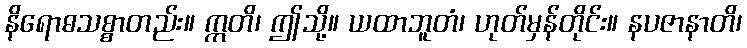
နိရောဓသစ္စာတည်း။ ဣတိ၊ ဤသို့။ ယထာဘူတံ၊ ဟုတ်မှန်တိုင်း။ နပဇာနာတိ၊